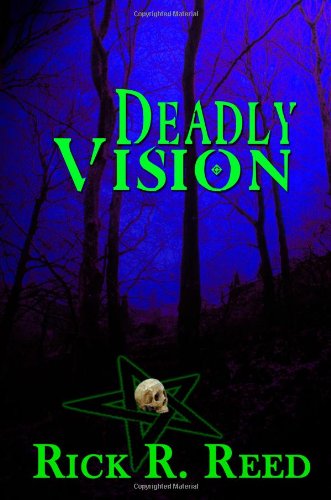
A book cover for Deadly Vision; Rick R. Reed; Gay & Lesbian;